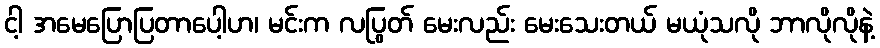
ငါ့ အမေပြောပြတာပေါ့ဟ၊ မင်းက လပြွတ် မေးလည်း မေးသေးတယ် မယုံသလို ဘာလိုလိုနဲ့